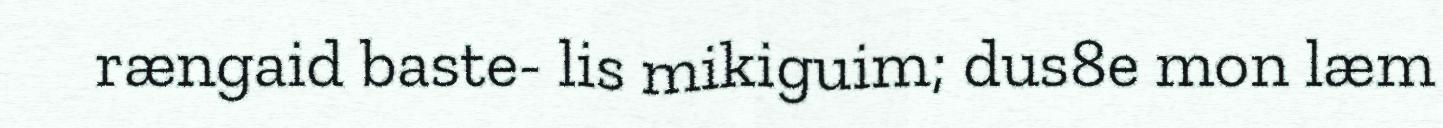
rængaid baste- lis mikiguim; dus8e mon læm